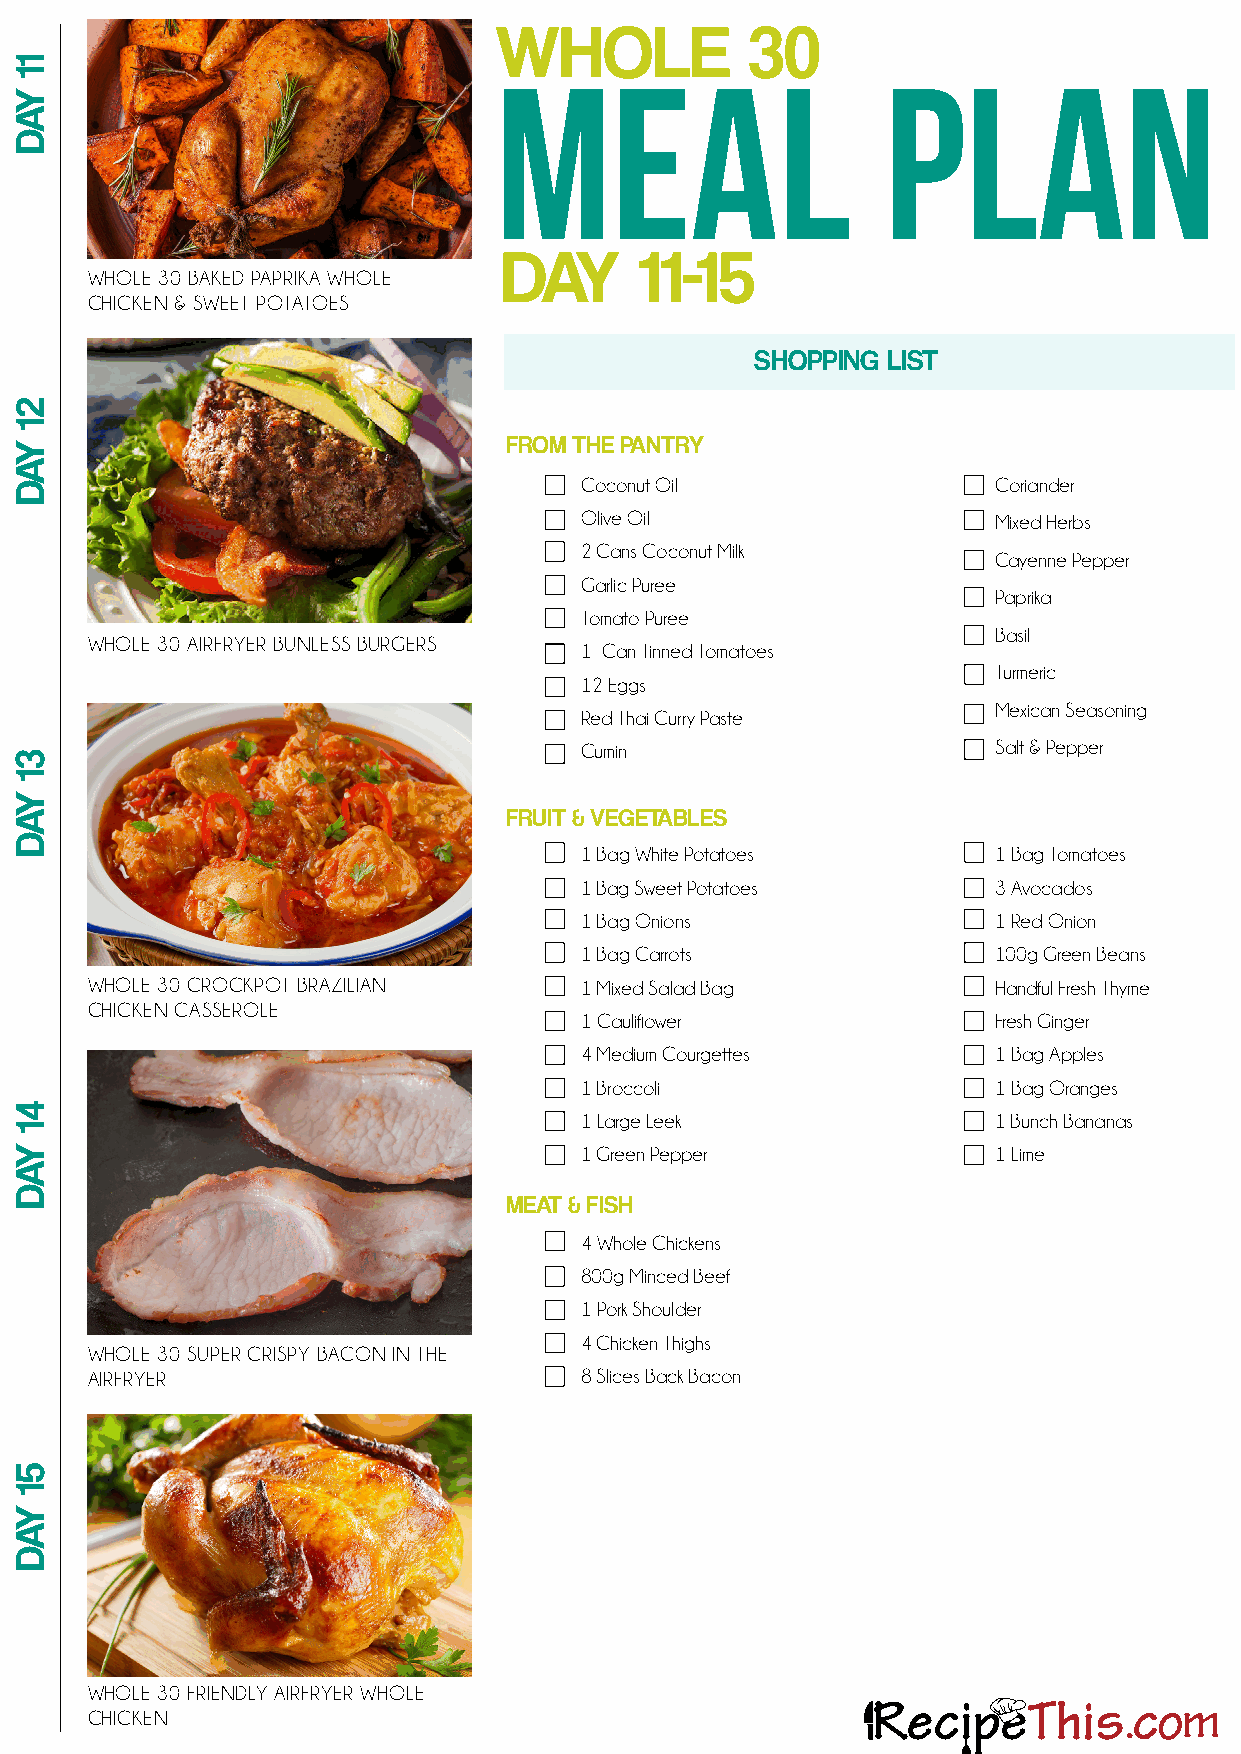
WHOLE            30
 MEAL                      PLAN
 DAY      11-15
 WHOLE 30 BAKED PAPRIKA WHOLE
 CHICKEN & SWEET POTATOES
 SHOPPING LIST
 FROM THE PANTRY
 Coconut Oil                 Coriander
 Olive Oil                   Mixed Herbs
 2 Cans Coconut Milk
 Cayenne Pepper
 Garlic Puree
 Paprika
 Tomato Puree
 Basil
 WHOLE 30 AIRFRYER BUNLESS BURGERS
 1 Can Tinned Tomatoes
 Turmeric
 12 Eggs
 Mexican Seasoning
 Red Thai Curry Paste
 Cumin                       Salt & Pepper
 FRUIT & VEGETABLES
 1 Bag White Potatoes        1 Bag Tomatoes
 1 Bag Sweet Potatoes        3 Avocados
 1 Bag Onions                1 Red Onion
 1 Bag Carrots               100g Green Beans
 WHOLE 30 CROCKPOT BRAZILIAN     1 Mixed Salad Bag           Handful Fresh Thyme
 CHICKEN CASSEROLE
 1 Cauliflower               Fresh Ginger
 4 Medium Courgettes         1 Bag Apples
 1 Broccoli                  1 Bag Oranges
 1 Large Leek                1 Bunch Bananas
 1 Green Pepper              1 Lime
 MEAT & FISH
 4 Whole Chickens
 800g Minced Beef
 1 Pork Shoulder
 4 Chicken Thighs
 WHOLE 30 SUPER CRISPY BACON IN THE
 AIRFRYER                        8 Slices Back Bacon
 WHOLE 30 FRIENDLY AIRFRYER WHOLE
 CHICKEN
 11
 YAD
 21
 YAD
 31
 YAD
 41
 YAD
 51
 YAD